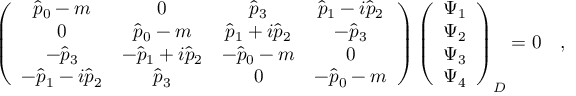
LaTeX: \left( \begin{array} { c c c c } { { \hat { p } _ { 0 } - m } } & { { 0 } } & { { \hat { p } _ { 3 } } } & { { \hat { p } _ { 1 } - i \hat { p } _ { 2 } } } \\ { { 0 } } & { { \hat { p } _ { 0 } - m } } & { { \hat { p } _ { 1 } + i \hat { p } _ { 2 } } } & { { - \hat { p } _ { 3 } } } \\ { { - \hat { p } _ { 3 } } } & { { - \hat { p } _ { 1 } + i \hat { p } _ { 2 } } } & { { - \hat { p } _ { 0 } - m } } & { { 0 } } \\ { { - \hat { p } _ { 1 } - i \hat { p } _ { 2 } } } & { { \hat { p } _ { 3 } } } & { { 0 } } & { { - \hat { p } _ { 0 } - m } } \end{array} \right) \left( \begin{array} { c c c c } { { \Psi _ { 1 } } } \\ { { \Psi _ { 2 } } } \\ { { \Psi _ { 3 } } } \\ { { \Psi _ { 4 } } } \end{array} \right) _ { D } = 0 \quad ,